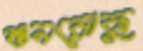
শুনরোকু